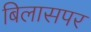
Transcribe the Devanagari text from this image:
बिलासपर